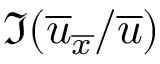
\Im ( \overline { { u } } _ { \overline { { x } } } / \overline { { u } } )